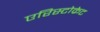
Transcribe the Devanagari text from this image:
एरिस्टोक्रेट